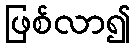
ဖြစ်လာ၍